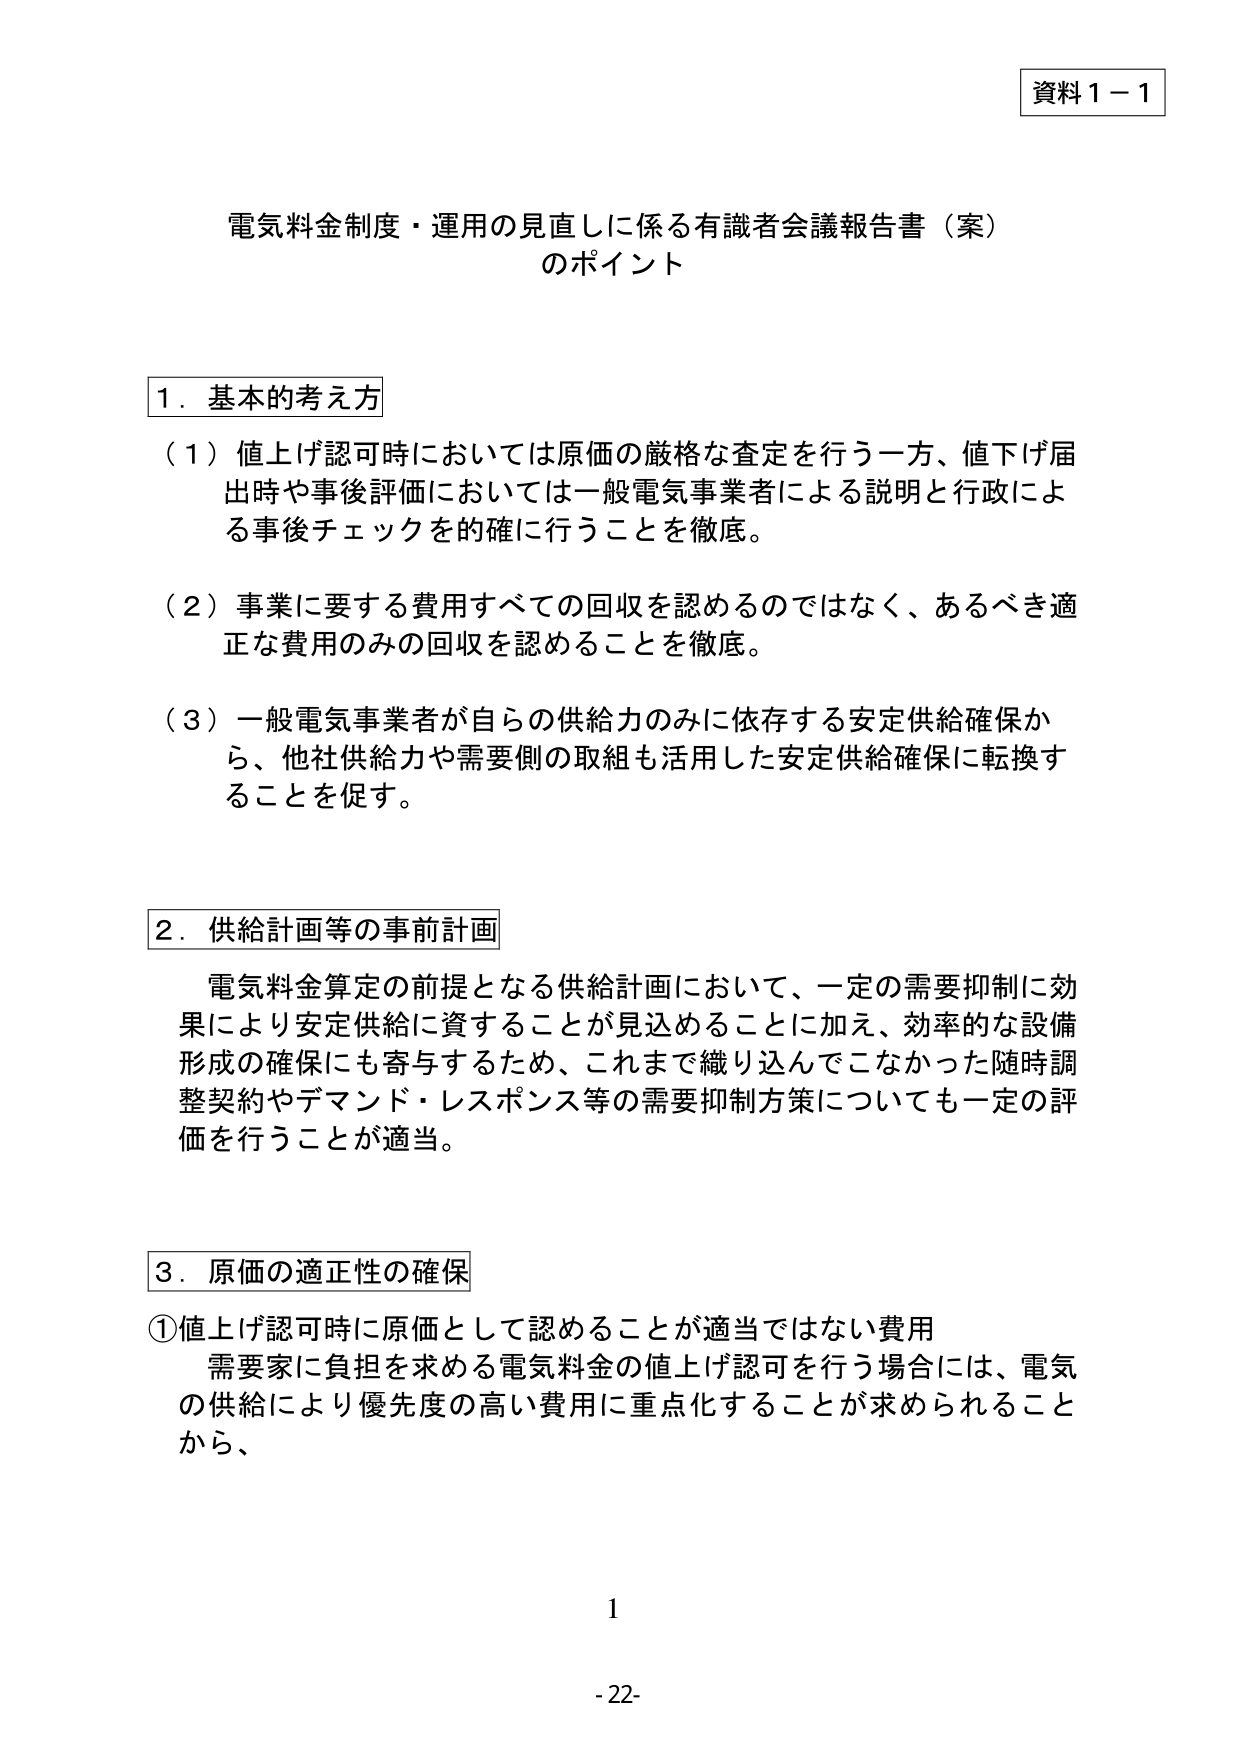
資料１－１

電気料金制度・運用の見直しに係る有識者会議報告書（案）
のポイント

１．基本的考え方
（１）値上げ認可時においては原価の厳格な査定を行う一方、値下げ届
出時や事後評価においては一般電気事業者による説明と行政によ
る事後チェックを的確に行うことを徹底。
（２）事業に要する費用すべての回収を認めるのではなく、あるべき適
正な費用のみの回収を認めることを徹底。
（３）一般電気事業者が自らの供給力のみに依存する安定供給確保か
ら、他社供給力や需要側の取組も活用した安定供給確保に転換す
ることを促す。

２．供給計画等の事前計画
電気料金算定の前提となる供給計画において、一定の需要抑制に効
果により安定供給に資することが見込めることに加え、効率的な設備
形成の確保にも寄与するため、これまで織り込んでこなかった随時調
整契約やデマンド・レスポンス等の需要抑制方策についても一定の評
価を行うことが適当。

３．原価の適正性の確保
①値上げ認可時に原価として認めることが適当ではない費用
需要家に負担を求める電気料金の値上げ認可を行う場合には、電気
の供給により優先度の高い費用に重点化することが求められること
から、

1
-22-